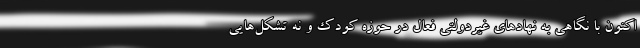
اكنون با نگاهي به نهادهاي غيردولتي فعال در حوزه كودك و نه تشكل‌هايي